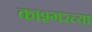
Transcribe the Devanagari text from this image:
काश्गरच्या